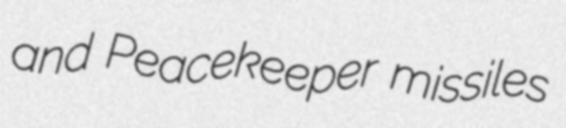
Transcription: and Peacekeeper missiles